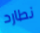
نطارد